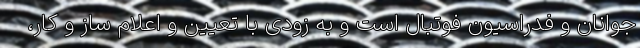
جوانان و فدراسیون فوتبال است و به زودی با تعیین و اعلام ساز و کار،